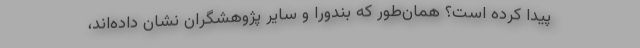
پیدا کرده است؟ همان‌طور که بندورا و سایر پژوهشگران نشان داده‌اند،